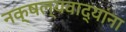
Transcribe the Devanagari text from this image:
नक्षल्यवाद्यांना